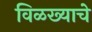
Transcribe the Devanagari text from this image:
विळख्याचे